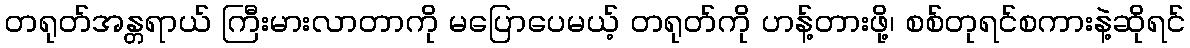
တရုတ်အန္တရာယ် ကြီးမားလာတာကို မပြောပေမယ့် တရုတ်ကို ဟန့်တားဖို့၊ စစ်တုရင်စကားနဲ့ဆိုရင်